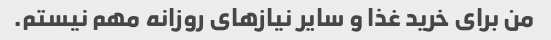
من برای خرید غذا و سایر نیازهای روزانه مهم نیستم.